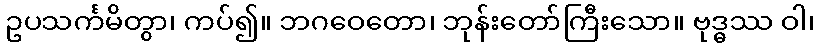
ဥပသင်္ကမိတွာ၊ ကပ်၍။ ဘဂဝေတော၊ ဘုန်းတော်ကြီးသော။ ဗုဒ္ဓဿ ဝါ၊